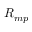
{ R } _ { { m p } }